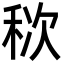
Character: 䅆